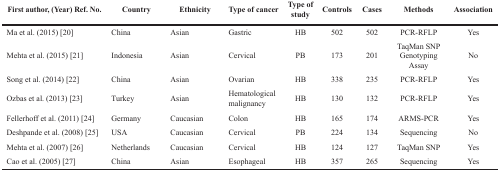
| First author, (Year) Ref. No. | Country | Ethnicity | Type of cancer | Type of study | Controls | Cases | Methods | Association |
 | --- | --- | --- | --- | --- | --- | --- | --- | --- |
 | Ma et al. (2015) [20] | China | Asian | Gastric | HB | 502 | 502 | PCR-RFLP | Yes |
 | Mehta et al. (2015) [21] | Indonesia | Asian | Cervical | PB | 173 | 201 | TaqMan SNPGenotyping Assay | No |
 | Song et al. (2014) [22] | China | Asian | Ovarian | HB | 338 | 235 | PCR-RFLP | Yes |
 | Ozbas et al. (2013) [23] | Turkey | Asian | Hematological malignancy | HB | 130 | 132 | PCR-RFLP | Yes |
 | Fellerhoff et al. (2011) [24] | Germany | Caucasian | Colon | HB | 165 | 174 | ARMS-PCR | Yes |
 | Deshpande et al. (2008) [25] | USA | Caucasian | Cervical | PB | 224 | 134 | Sequencing | No |
 | Mehta et al. (2007) [26] | Netherlands | Caucasian | Cervical | HB | 124 | 127 | TaqMan SNP | Yes |
 | Cao et al. (2005) [27] | China | Asian | Esophageal | HB | 357 | 265 | Sequencing | Yes |